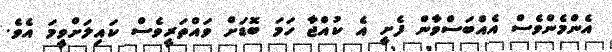
އެންމެންވެސް އެއްބަސްވާން ފެށީ އެ ކުއްޖާ ހަމަ ބޮޑަށް ވައްތަރީވެސް ކައިލަށްވީމަ އެވެ.